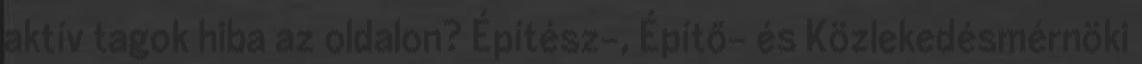
aktív tagok hiba az oldalon? Építész-, Építő- és Közlekedésmérnöki